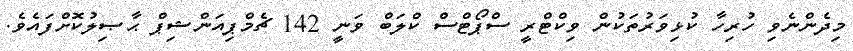
މިދެންނެވި ހުރިހާ ކުޅިވަރުތަކުން ވިކްޓްރީ ސްޕޯޓްސް ކްލަބް ވަނީ 142 ޗެމްޕިއަންޝިޕް ޙާޞިލުކޮށްފައެވެ.